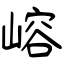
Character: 嵱